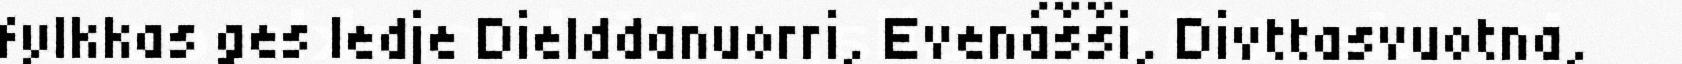
fylkkas ges ledje Dielddanuorri, Evenášši, Divttasvuotna,